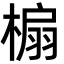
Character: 㮼